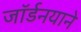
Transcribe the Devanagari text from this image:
जॉर्डनयाने